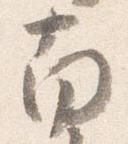
南